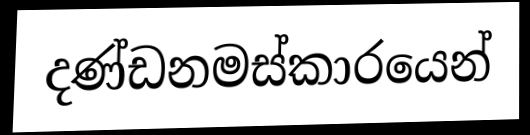
දණ්ඩනමස්කාරයෙන්